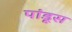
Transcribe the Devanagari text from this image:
पांडूस